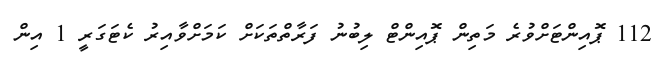
112 ޕޮއިންޓަށްވުރެ މަތިން ޕޮއިންޓް ލިބުނު ފަރާތްތަކަށް ކަމަށްވާއިރު ކެޓަގަރީ 1 އިން